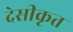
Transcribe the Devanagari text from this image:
देसीकृत